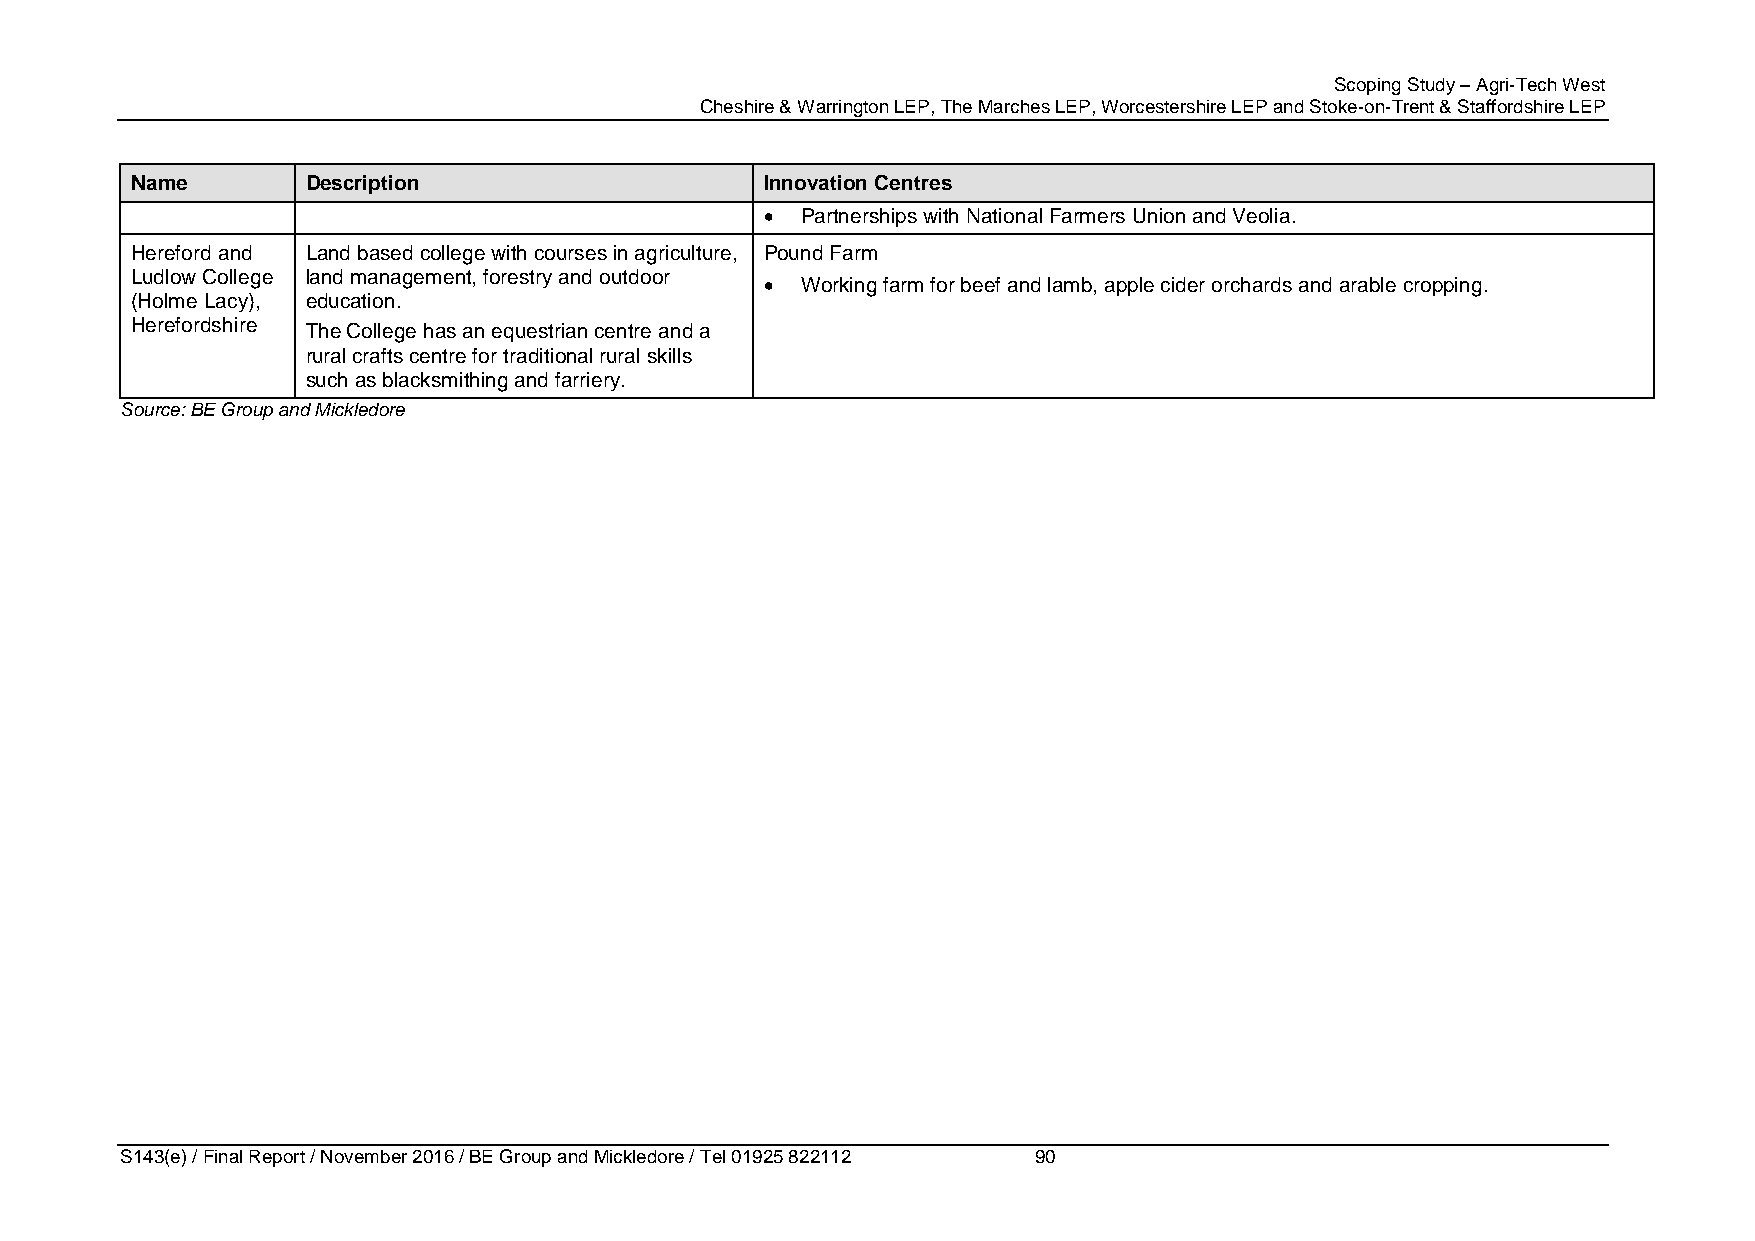
Scoping Study – Agri-Tech West
 Cheshire & Warrington LEP, The Marches LEP, Worcestershire LEP and Stoke-on-Trent & Staffordshire LEP
 Name       Description                    Innovation Centres
  Partnerships with National Farmers Union and Veolia.
 Hereford and Land based college with courses in agriculture, Pound Farm
 Ludlow College land management, forestry and outdoor
  Working farm for beef and lamb, apple cider orchards and arable cropping.
 (Holme Lacy), education.
 Herefordshire The College has an equestrian centre and a
 rural crafts centre for traditional rural skills
 such as blacksmithing and farriery.
 Source: BE Group and Mickledore
 S143(e) / Final Report / November 2016 / BE Group and Mickledore / Tel 01925 822112 90